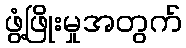
ဖွံ့ဖြိုးမှုအတွက်